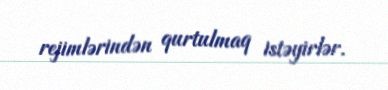
rejimlərindən qurtulmaq istəyirlər.